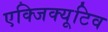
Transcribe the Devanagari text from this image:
एक्‍जिक्‍यूटिव